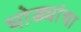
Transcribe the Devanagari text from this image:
घोड्यांचा